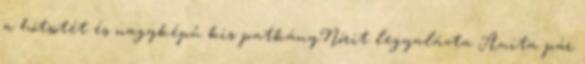
a hótsötét és nagyképű kis patkányNórit legyalázta Anita pár